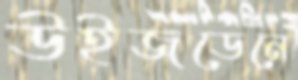
উইজডেনে